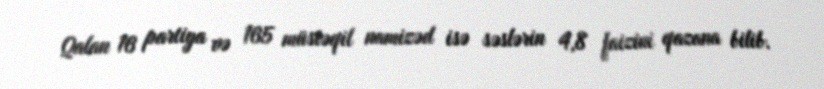
Qalan 16 partiya və 165 müstəqil namizəd isə səslərin 4,8 faizini qazana bilib.